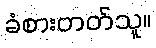
ခံစားတတ်သူ။